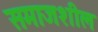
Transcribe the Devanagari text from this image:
समाजशील